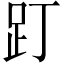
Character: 䟓